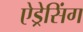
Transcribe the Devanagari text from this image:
ऐड्रेसिंग